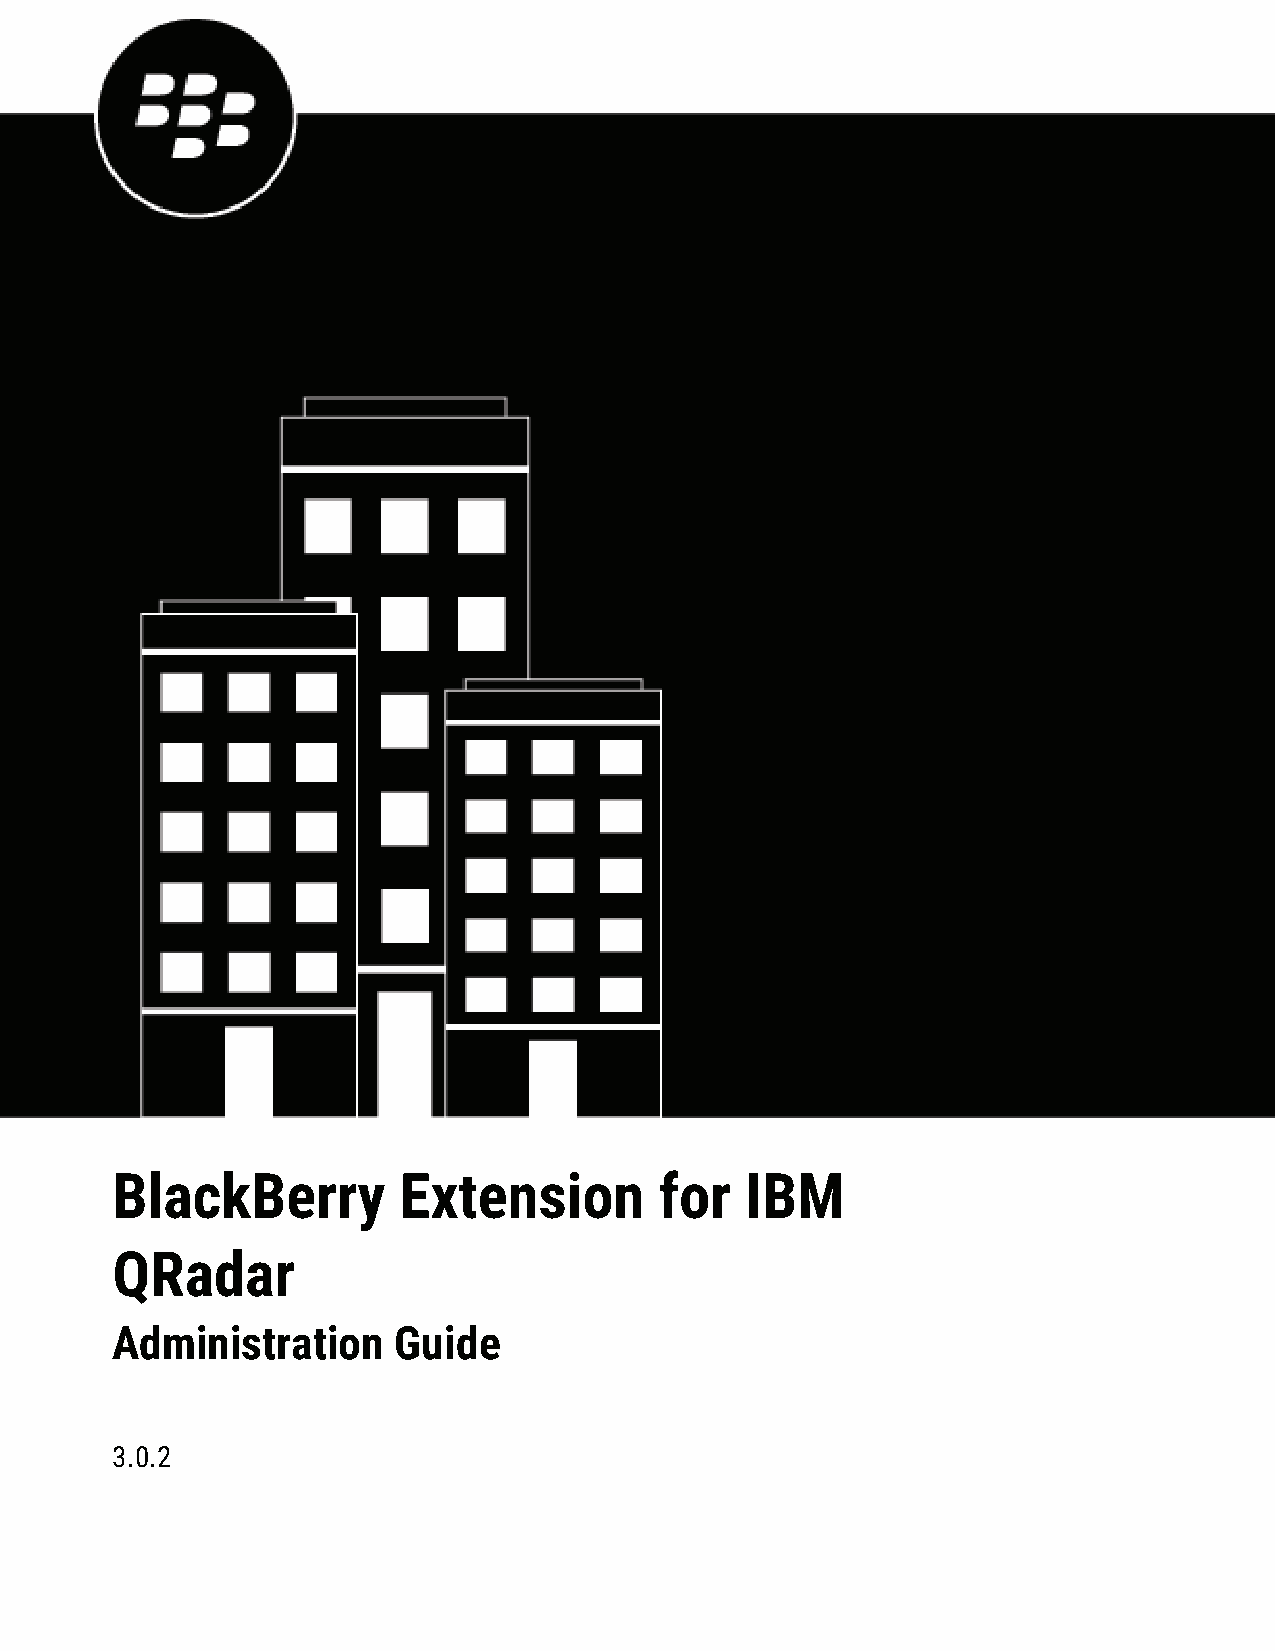
BlackBerry         Extension         for  IBM
 QRadar
 Administration     Guide
 3.0.2